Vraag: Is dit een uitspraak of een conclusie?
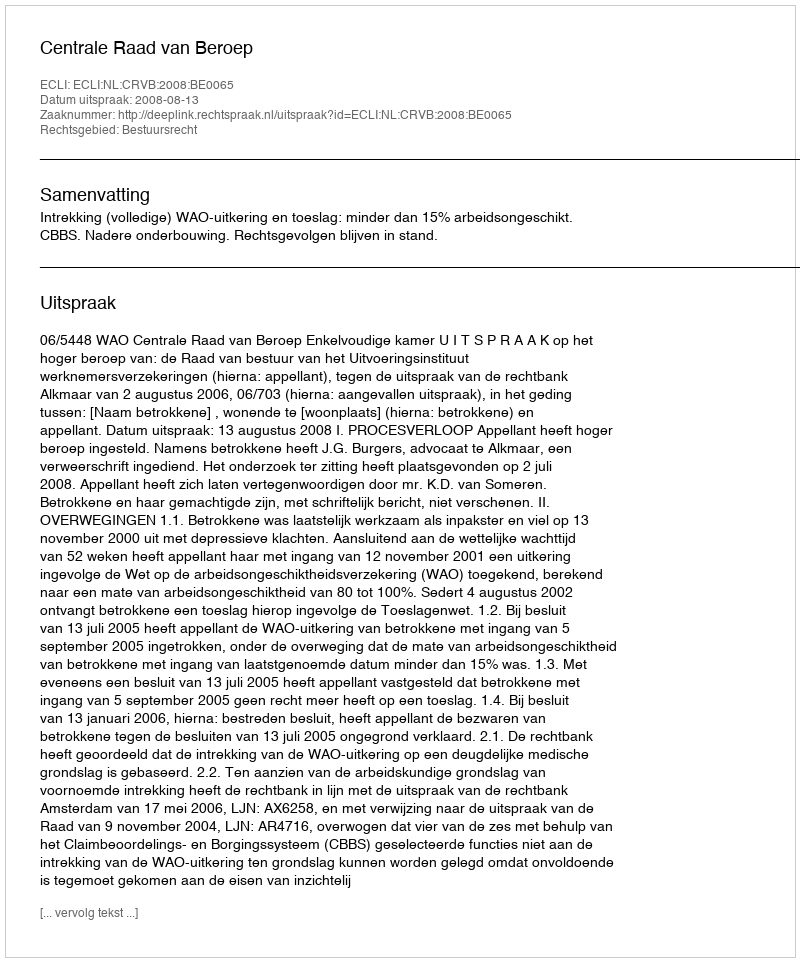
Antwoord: Uitspraak